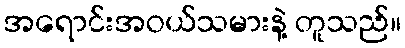
အရောင်းအဝယ်သမားနဲ့ တူသည်။